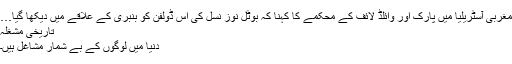
مغربی آسٹریلیا میں پارک اور وائلڈ لائف کے محکمے کا کہنا کہ بوٹل نوز نسل کی اس ڈولفن کو بنبری کے علاقے میں دیکھا گیا…
تاریخی مشغلہ
دنیا میں لوگوں کے بے شمار مشاغل ہیں۔